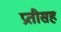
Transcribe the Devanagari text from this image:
प्रतीसह